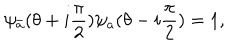
\psi _ { \bar { a } } ( \theta + i \frac { \pi } { 2 } ) \psi _ { a } ( \theta - i \frac { \pi } { 2 } ) = 1 ,